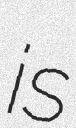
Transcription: is